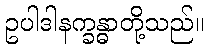
ဥပါဒါနက္ခန္ဓာတို့သည်။